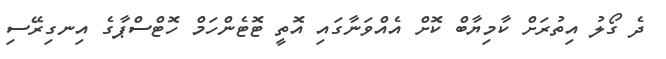
ދެ ގޯލު އިތުރަށް ކާމިޔާބް ކޮށް އެއްވަނާގައި އޮތީ ޓޮޓެންހަމް ހޮޓްސްޕާގެ އިނގިރޭސި